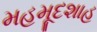
મહમૂદશાહ